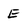
Character: E